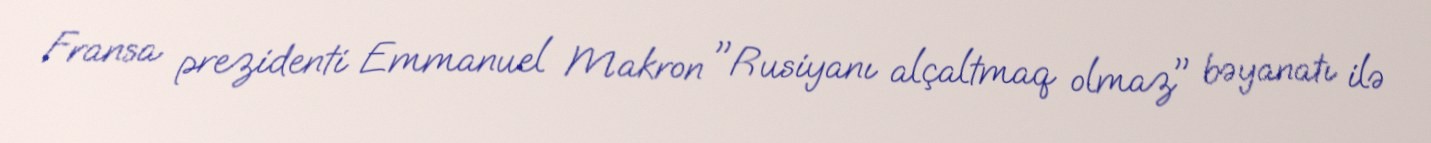
Fransa prezidenti Emmanuel Makron "Rusiyanı alçaltmaq olmaz" bəyanatı ilə